Report of the Indian Hemp Drugs Commission, 1894-1895 - Volume VIII
Year: 1894
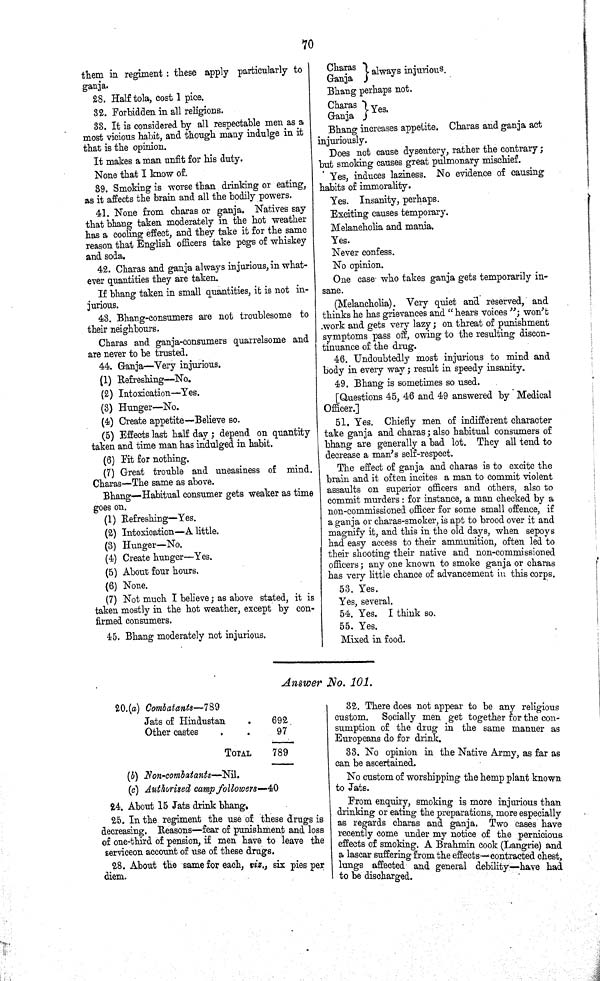
70
them in regiment: these apply particularly to
ganja.
28. Half tola, cost 1 pice.
32. Forbidden in all religions.
33. It is considered by all respectable men as a
most vicious habit, and though many indulge in it
that is the opinion.
It makes a man unfit for his duty.
None that I know of.
39. Smoking is worse than drinking or eating,
as it affects the brain and all the bodily powers.
41. None from charas or ganja. Natives say
that bhang taken moderately in the hot weather
has a cooling effect, and they take it for the same
reason that English officers take pegs of whiskey
and soda.
42. Charas and ganja always injurious, in what-
ever quantities they are taken.
If bhang taken in small quantities, it is not in-
jurious.
43. Bhang-consumers are not troublesome to
their neighbours.
Charas and ganja-consumers quarrelsome and
are never to be trusted.
44. Ganja—Very injurious.
(1) Refreshing—No.
(2) Intoxication—Yes.
(3) Hunger—No.
(4) Create appetite—Believe so.
(5) Effects last half day; depend on quantity
taken and time man has indulged in habit.
(6) Fit for nothing.
(7) Great trouble and uneasiness of mind.
Charas—The same as above.
Bhang—Habitual consumer gets weaker as time
goes on.
(1) Refreshing—Yes.
(2) Intoxication—A little.
(3) Hunger—No.
(4) Create hunger—Yes.
(5) About four hours.
(6) None.
(7) Not much I believe; as above stated, it is
taken mostly in the hot weather, except by con-
firmed consumers.
45. Bhang moderately not injurious.
Bhang increases appetite. Charas and ganja act
injuriously.
Does not cause dysentery, rather the contrary;
but smoking causes great pulmonary mischief.
Yes, induces laziness. No evidence of causing
habits of immorality.
Yes. Insanity, perhaps.
Exciting causes temporary.
Melancholia and mania.
Yes.
Never confess.
No opinion.
One case who takes ganja gets temporarily in-
sane.
(Melancholia). Very quiet and reserved, and
thinks he has grievances and "hears voices"; won't
work and gets very lazy; on threat of punishment
symptoms pass off, owing to the resulting discon-
tinuance of the drug.
46. Undoubtedly most injurious to mind and
body in every way; result in speedy insanity.
49. Bhang is sometimes so used.
[Questions 45, 46 and 49 answered by Medical
Officer.]
51. Yes. Chiefly men of indifferent character
take ganja and charas; also habitual consumers of
bhang are generally a bad lot. They all tend to
decrease a man's self-respect.
The effect of ganja and charas is to excite the
brain and it often incites a man to commit violent
assaults on superior officers and others, also to
commit murders: for instance, a man checked by a
non-commissioned officer for some small offence, if
a ganja or charas-smoker, is apt to brood over it and
magnify it, and this in the old days, when sepoys
had easy access to their ammunition, often led to
their shooting their native and non-commissioned
officers; any one known to smoke ganja or charas
has very little chance of advancement in this corps.
53. Yes.
Yes, several.
54. Yes. I think so.
55. Yes.
Mixed in food.
Answer No. 101.
20.(a) Combatants—789
Jats of Hindustan
692
Other castes
97
TOTAL
789
(b) Non-combatants-Nil.
(c) Authorised camp followers—40
24. About 15 Jats drink bhang.
25. In the regiment the use of these drugs is
decreasing. Reasons—fear of punishment and loss
of one-third of pension, if men have to leave the
serviceon account of use of these drugs.
28. About the same for each, viz., six pies per
diem.
32. There does not appear to be any religious
custom. Socially men get together for the con-
sumption of the drug in the same manner as
Europeans do for drink.
33. No opinion in the Native Army, as far as
can be ascertained.
No custom of worshipping the hemp plant known
to Jats.
From enquiry, smoking is more injurious than
drinking or eating the preparations, more especially
as regards charas and ganja. Two cases have
recently come under my notice of the pernicious
effects of smoking. A Brahmin cook (Langrie) and
a lascar suffering from the effects—contracted chest,
lungs affected and general debility—have had
to be discharged.
Charas
Ganja
always injurious.
Bhang perhaps not.
Charas
Ganja
Yes.